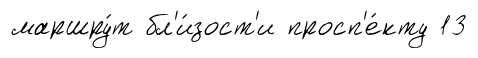
маршру́т бл'и́зост'и просп'е́кту 13